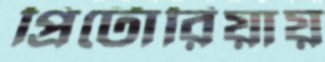
প্রিটোরিয়ায়